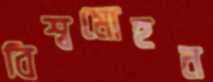
বিশ্বমোহন